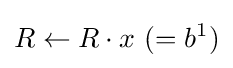
R\leftarrow R\cdot x{\text{ }}(=b^{1})